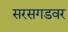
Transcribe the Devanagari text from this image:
सरसगडवर